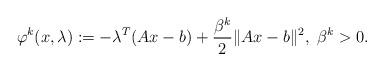
LaTeX: \begin{align*}\varphi^k(x,\lambda):=-\lambda^T(Ax-b)+\frac{\beta^k}{2}\|Ax-b\|^2,~\beta^k>0.\end{align*}